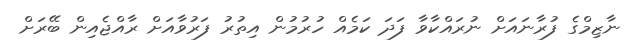
ނާޒިމްގެ ފުރާނައަށް ނުރައްކާވާ ފަދަ ކަމެއް ހުރުމުން އިތުރު ފަރުވާއަށް ރާއްޖެއިން ބޭރަށް